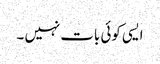
ایسی کوئی بات نہیں ۔